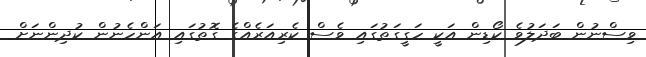
ވިސްނުން ބަދަލުވެ ކޯޑިން އަކީ ހަގީގަތުގައި ވެސް ކެރިއަރެއްގެ ގޮތުގައި އަންހެނުން ކުދިންނަށް